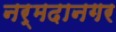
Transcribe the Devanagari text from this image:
नर्मदानगर